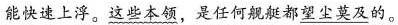
能快速上浮。\underline{这些本领}，是任何舰艇都\underline{望尘莫及}的。